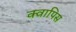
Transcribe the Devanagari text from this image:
क्वापिस